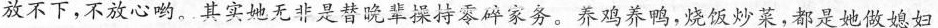
放不下，不放心哟。其实她无非是替晚辈操持零碎家务。养鸡养鸭，烧饭炒菜，都是她做媳妇